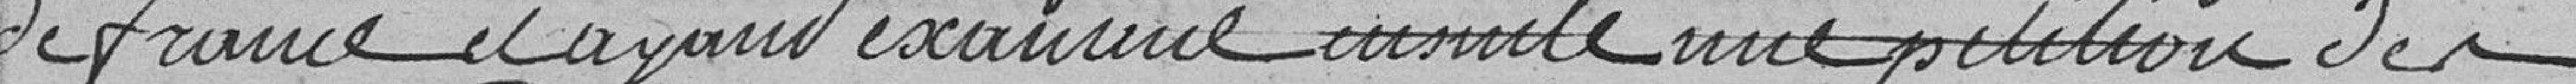
de France, et ayant examiné ensuite une pétition des